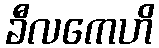
ခီလကေဟိ